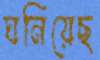
ঘনিয়েছ